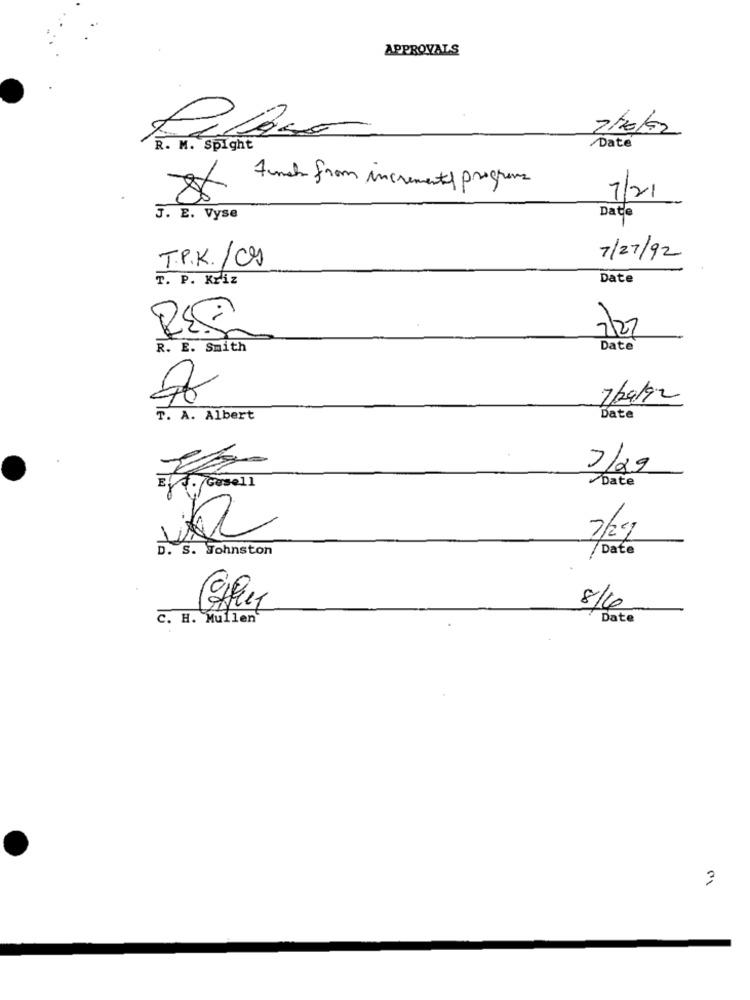
APPROVALS
7/10/02
Date
R. M. Spight
Funds from increments progress
7/21
3. E. Vyse
Date
T.P.K. /CS
7/27/92
T. P. Kriz
Date
2/27
R. E. Smith
Date
7/09/92
T. A. Albert
Date
7/29
Date
EVA. Gesell
7/2g
D. S. Johnston
/Date
00
8/6
C. H. Mullen
Date